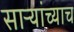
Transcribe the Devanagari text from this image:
साऱ्यांच्याच